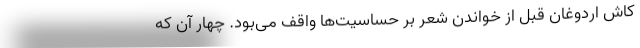
کاش اردوغان قبل از خواندن شعر بر حساسیت‌ها واقف می‌بود. چهار آن که